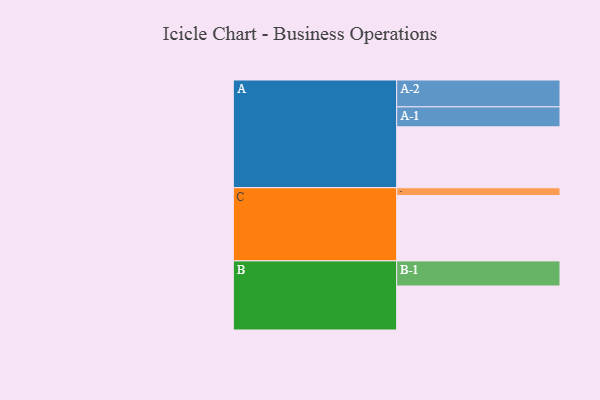
{"axis": {"x": "Segment", "y": "Value"}, "legend": ["", "A", "B", "C"], "data": [{"x": "A", "y": 522, "type": ""}, {"x": "B", "y": 377, "type": ""}, {"x": "C", "y": 560, "type": ""}, {"x": "A-1", "y": 171, "type": "A"}, {"x": "A-2", "y": 230, "type": "A"}, {"x": "B-1", "y": 215, "type": "B"}, {"x": "C-1", "y": 67, "type": "C"}]}